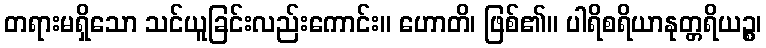
တရားမရှိသော သင်ယူခြင်းလည်းကောင်း။ ဟောတိ၊ ဖြစ်၏။ ပါရိစရိယာနုတ္တရိယဉ္စ၊